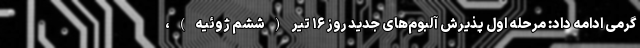
گرمی ادامه داد: مرحله اول پذیرش آلبوم‌های جدید روز ۱۶ تیر (ششم ژوئیه)،